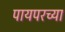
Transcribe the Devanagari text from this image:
पायपरच्या